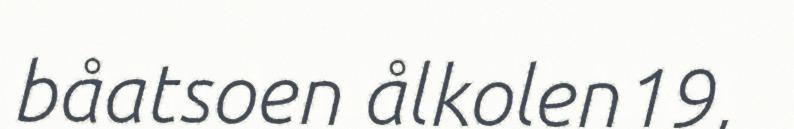
båatsoen ålkolen19,